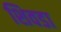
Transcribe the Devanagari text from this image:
शिवडा